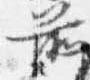
前